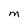
Character: M